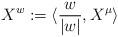
LaTeX: \begin{align*}X^w:=\langle \frac{w}{|w|}, X^\mu\rangle\end{align*}